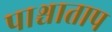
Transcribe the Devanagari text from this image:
पाश्चाताप